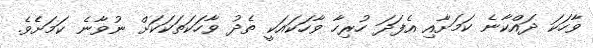
ވާހަކަ ދައްކާނެ ކަމަށާއި އެފަދަ ހުރިހާ ވާހަކައަކީ ތެދު ވާހަކަތަކަކަށް ނުވާނެ ކަމަށެެވެ.